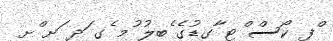
ްފ ކޯސް ްޓ ާގޑުގެ ެބލު ުމ ެގ ަދ ަށ ްށ